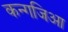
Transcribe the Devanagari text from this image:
कन्गजिआ